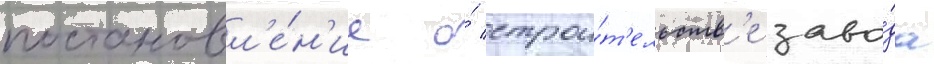
постановл'е́н'ие о́ строи́т'ельств'е заво́да